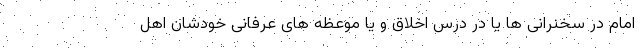
امام در سخنرانی ها یا در درس اخلاق و یا موعظه های عرفانی خودشان اهل